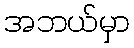
အဘယ်မှာ